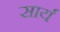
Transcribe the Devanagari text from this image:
सार्य